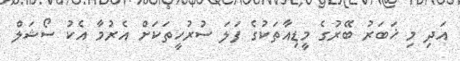
އަދި މި ޚަބަރު ބޭރުގެ މީޑިއާތަކުގެ ފަލަ ސުރުހީތަކަށް އެރުމާ އެކު ސޯޝަލް